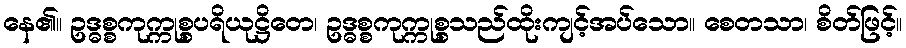
နေ၏။ ဥဒ္ဓစ္စကုက္ကုစ္စပရိယုဋ္ဌိတေ၊ ဥဒ္ဓစ္စကုက္ကုစ္စသည်ထိုးကျင့်အပ်သော။ စေတသာ၊ စိတ်ဖြင့်။